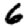
Digit: 6